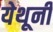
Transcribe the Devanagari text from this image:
येथूनी